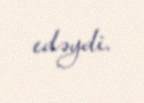
edəydi.